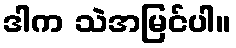
ဒါက သဲအမြင်ပါ။